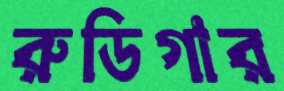
রুডিগার